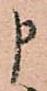
申